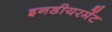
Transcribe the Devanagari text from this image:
इनडीयरमेंट